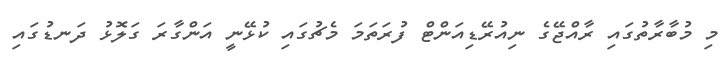
މި މުބާރާތުގައި ރާއްޖޭގެ ނިއުރޭޑިއަންޓް ފުރަތަމަ މެޗުގައި ކުޅޭނީ އަންގާރަ ގަލޮޅު ދަނޑުގައި